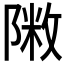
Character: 𨻖